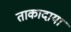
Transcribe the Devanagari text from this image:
ताकादाया